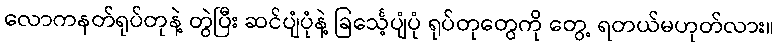
လောကနတ်ရုပ်တုနဲ့ တွဲပြီး ဆင်ပျံပုံနဲ့ ခြင်္သေ့ပျံပုံ ရုပ်တုတွေကို တွေ့ ရတယ်မဟုတ်လား။